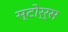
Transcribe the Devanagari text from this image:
स्टोर्र्स